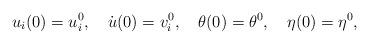
LaTeX: \begin{align*}u_{i}(0)=u_{i}^{0},\quad\dot{u}(0)=v_{i}^{0},\quad\theta(0)=\theta^{0},\quad\eta(0)=\eta^{0},\end{align*}